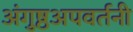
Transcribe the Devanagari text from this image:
अंगुष्ठअपवर्तनी